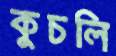
কুচলি